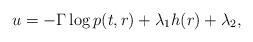
LaTeX: \begin{align*} u = -\Gamma\log{p(t,r)} + \lambda_{1}h(r) + \lambda_2,\end{align*}